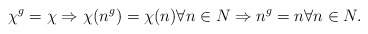
\begin{align*} \chi^g = \chi \Rightarrow \chi(n^g) = \chi (n) \forall n \in N \Rightarrow n^g = n \forall n \in N. \end{align*}